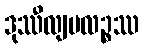
ဒုဿီလျမလဉ္စဿ